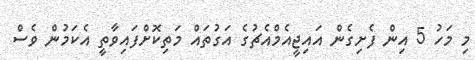
މި މަހު 5 އިން ފެށިގެން އައިޖީއެމްއެޗުގެ އަގުތައް މަތިކޮށްފައިވާތީ އެކަމުން ވެސް